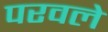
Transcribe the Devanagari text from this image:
परवले